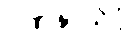
ဂဏနာသိပ္ပံ